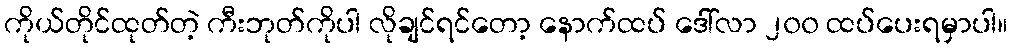
ကိုယ်တိုင်ထုတ်တဲ့ ကီးဘုတ်ကိုပါ လိုချင်ရင်တော့ နောက်ထပ် ဒေါ်လာ ၂၀၀ ထပ်ပေးရမှာပါ။